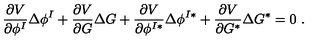
{ \frac { \partial V } { \partial \phi ^ { I } } } \Delta \phi ^ { I } + { \frac { \partial V } { \partial G } } \Delta G + { \frac { \partial V } { \partial \phi ^ { I * } } } \Delta \phi ^ { I * } + { \frac { \partial V } { \partial G ^ { * } } } \Delta G ^ { * } = 0 \ .